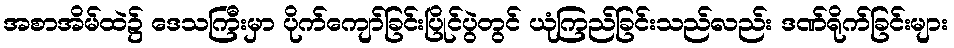
အစာအိမ်ထဲ၌ ဒေသကြီးမှာ ပိုက်ကျော်ခြင်းပြိုင်ပွဲတွင် ယုံကြည်ခြင်းသည်လည်း ဒဏ်ရိုက်ခြင်းများ